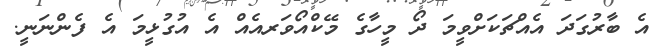
އެ ބާރުގަދަ އެއްޗަކަށްވީމަ ދޯ މީހާގެ މޭކްއޯވަރއެއް އެ އުގުޅީމަ އެ ފެންްނަނީ.